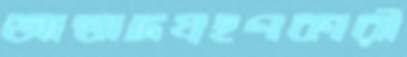
আস্বাদগ্রহণকারী